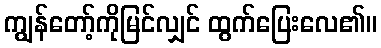
ကျွန်တော့်ကိုမြင်လျှင် ထွက်ပြေးလေ၏။